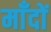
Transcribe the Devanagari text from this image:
माँदों